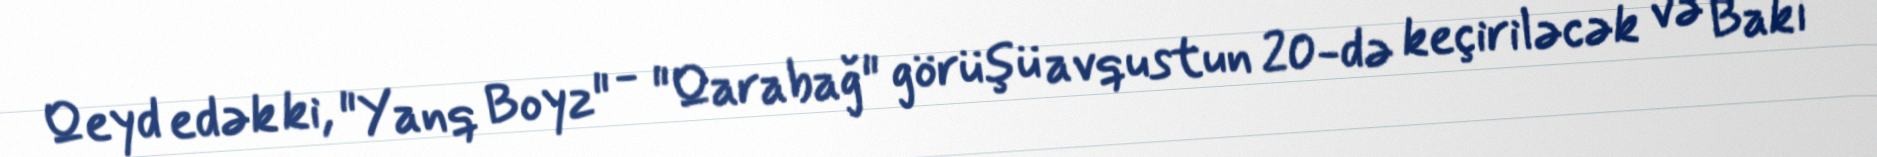
Qeyd edək ki, "Yanq Boyz" - "Qarabağ" görüşü avqustun 20-də keçiriləcək və Bakı